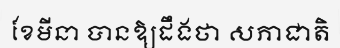
ខែមីនា បានឱ្យដឹងថា សភាជាតិ